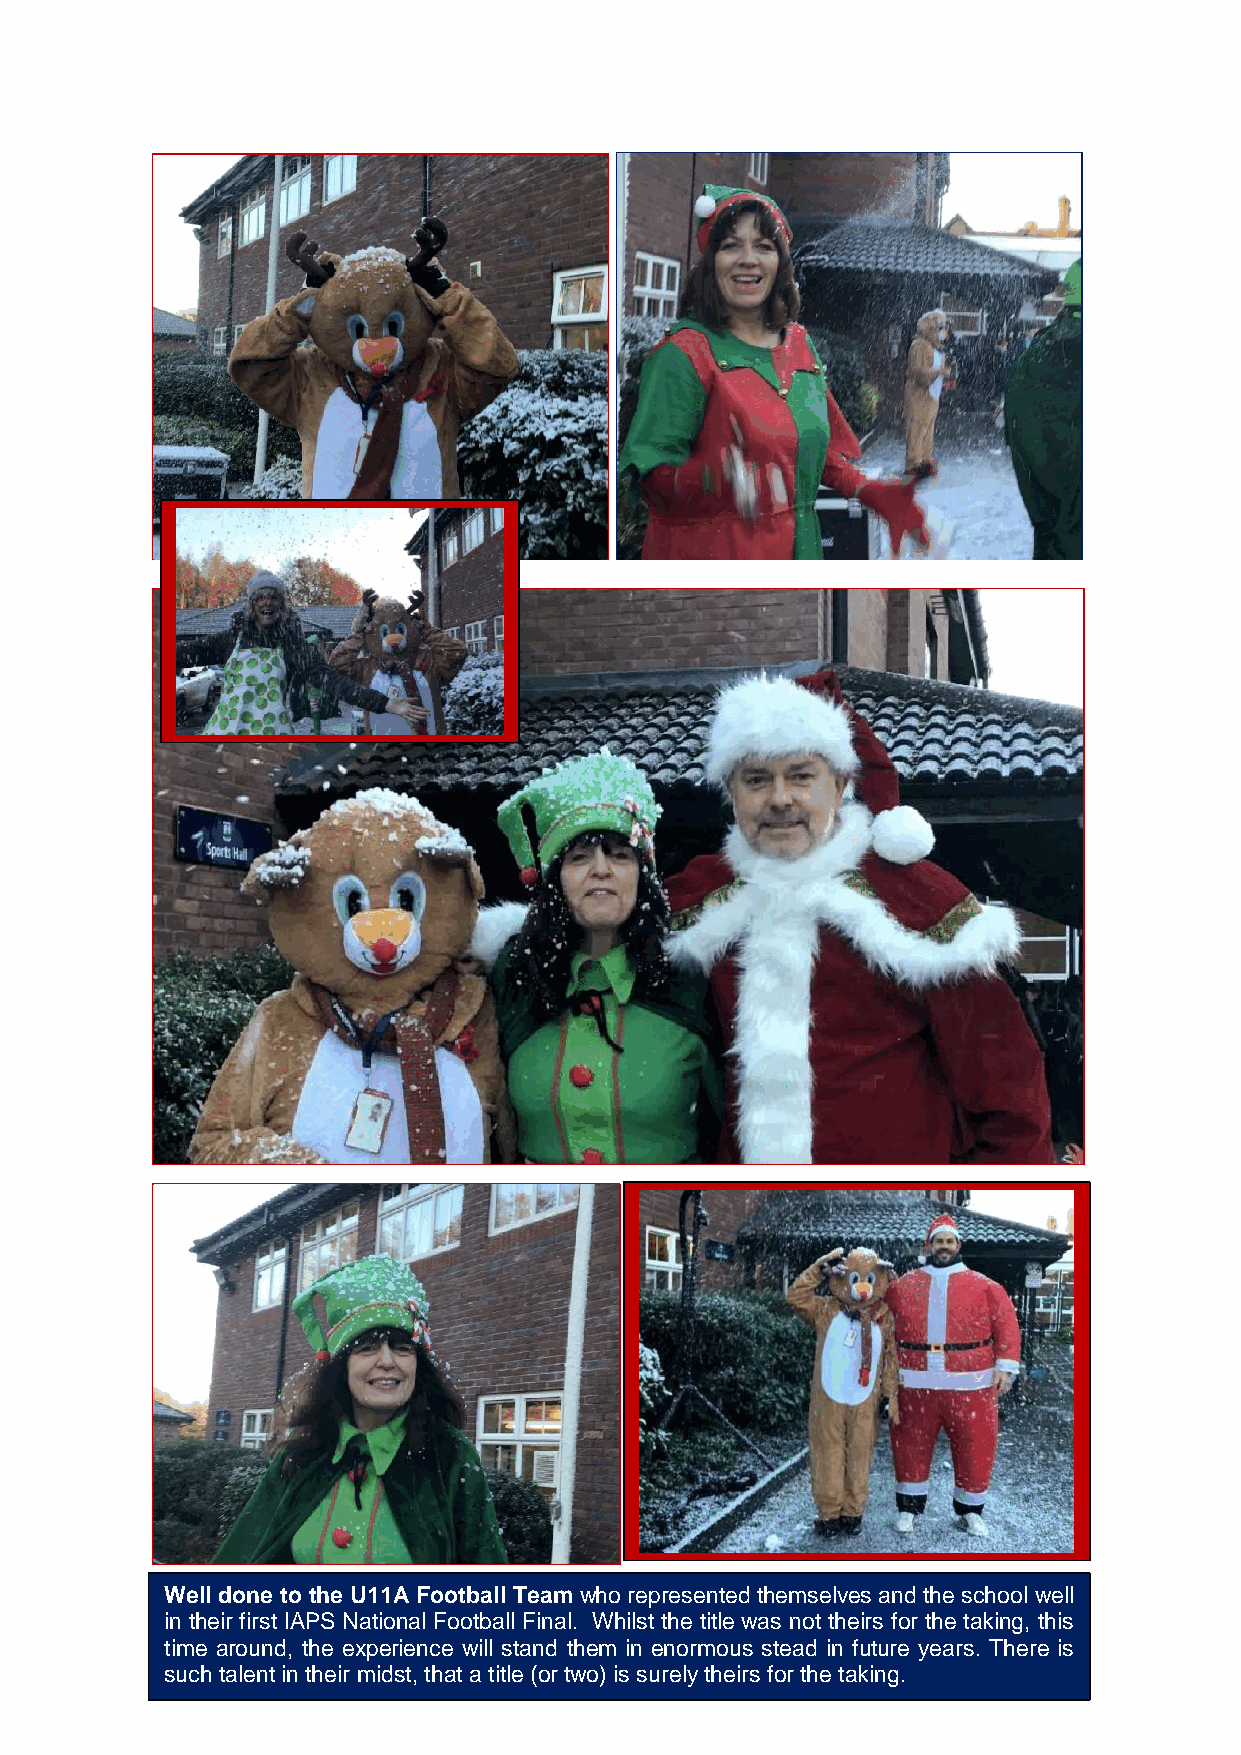
Well done to the U11A Football Team who represented themselves and the school well
 in their first IAPS National Football Final. Whilst the title was not theirs for the taking, this
 time around, the experience will stand them in enormous stead in future years. There is
 such talent in their midst, that a title (or two) is surely theirs for the taking.